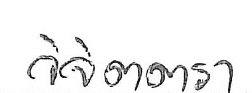
วิจิตตรา